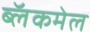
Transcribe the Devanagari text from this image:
ब्लॅकमेल